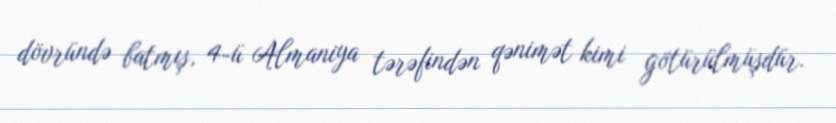
dövründə batmış, 4-ü Almaniya tərəfindən qənimət kimi götürülmüşdür.